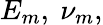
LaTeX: E_{m},~\nu_{m},